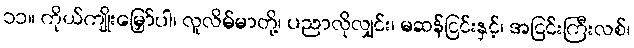
၁၁။ ကိုယ်ကျိုးမြှော်ပါ၊ လူလိမ်မာတို့၊ ပညာလိုလျှင်း၊ မဆန်ငြင်းနှင့်၊ အငြင်းကြီးလစ်၊